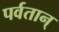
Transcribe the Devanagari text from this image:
पर्वतान्